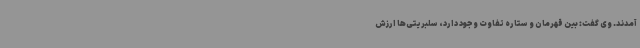
آمدند. وی گفت: بین قهرمان و ستاره تفاوت وجود دارد، سلبریتی‌ها ارزش